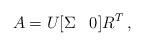
LaTeX: \begin{align*} A=U[\Sigma \,\,\,\,\, 0]R^T\, ,\end{align*}